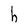
Character: h